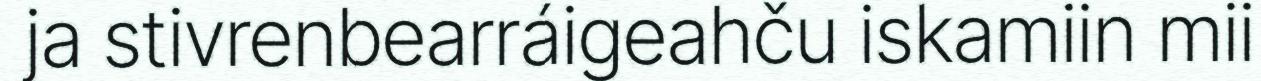
ja stivrenbearráigeahču iskamiin mii